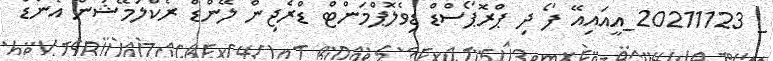
_ 20211123_އީއައިއޭ ފޯ ދި ޕްރޮޕޯސްޑް ޑިވެލޮޕްމަންޓް ޑްރެޖިން ލޭންޑް ރެކްލަމޭޝަން އެންޑް